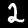
Label: 2